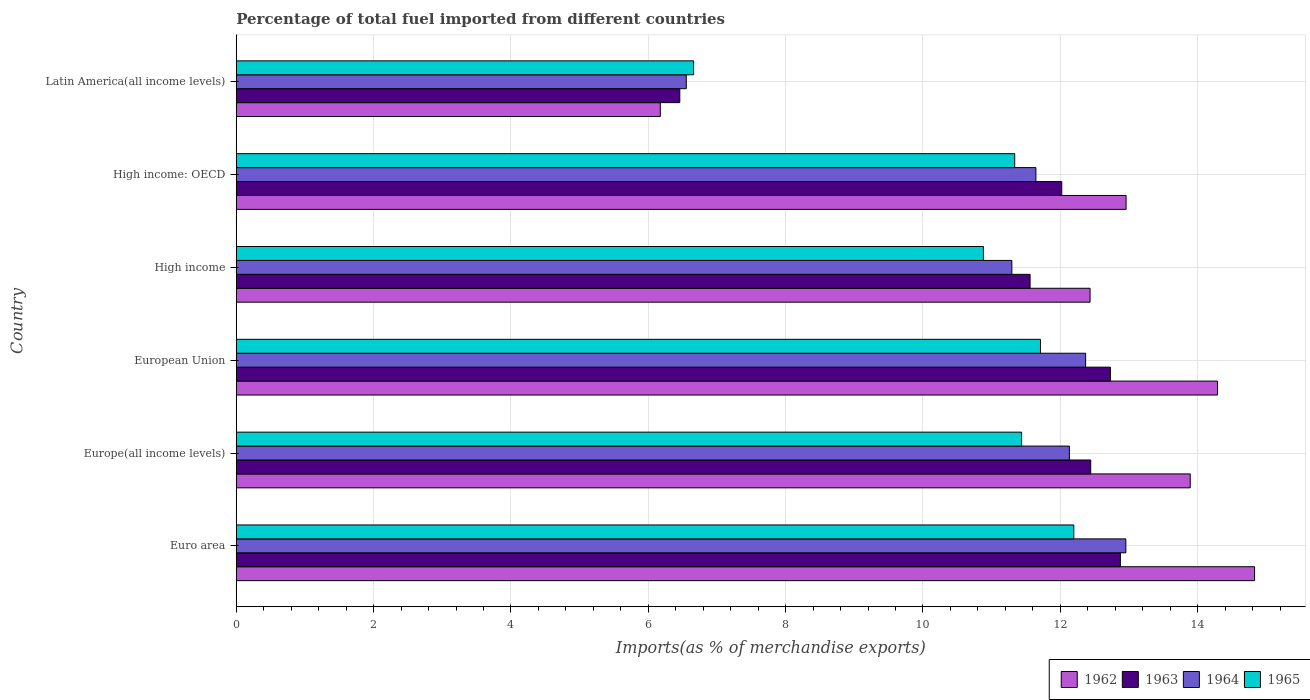
| Country | 1962 | 1963 | 1964 | 1965 |
 | --- | --- | --- | --- | --- |
 | Euro area | 14.8 | 12.9 | 13 | 12.2 |
 | Europe(all income levels) | 13.9 | 12.4 | 12.1 | 11.4 |
 | European Union | 14.3 | 12.7 | 12.4 | 11.7 |
 | High income | 12.4 | 11.6 | 11.3 | 10.9 |
 | High income: OECD | 13 | 12 | 11.6 | 11.3 |
 | Latin America(all income levels) | 6.17 | 6.46 | 6.55 | 6.66 |